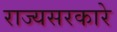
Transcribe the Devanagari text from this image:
राज्यसरकारे